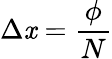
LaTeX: \Delta\mathit{x}={\frac{{\phi}}{{N}}}